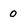
Character: 0